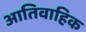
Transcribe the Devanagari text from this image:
आतिवाहिक